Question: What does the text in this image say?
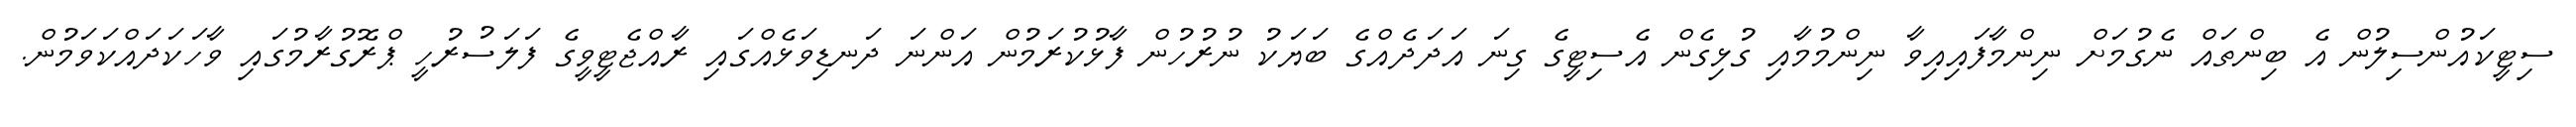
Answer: ސިޓީކައުންސިލުން އެ ބިންތައް ނެގުމަށް ނިންމާފައިއިވާ ނިންމުމާއި ގުޅިގެން އެސިޓީގެ ގިނަ އަދަދެއްގެ ބަޔަކު ނުރުހުން ފާޅުކުރަމުން އަންނަ ދަނޑިވަޅެއްގައި ރާއްޖެޓީވީގެ ފަލަސުރުހީ ޕްރޮގުރާމުގައި ވާހަކަދައްކަވަމުން.